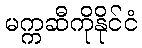
မက္ကဆီကိုနိုင်ငံ